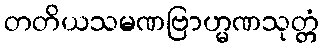
တတိယသမဏဗြာဟ္မဏသုတ္တံ